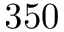
3 5 0